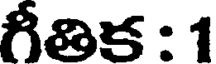
గీతిక : 1